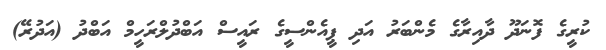
ކުރީގެ ފޮނަދޫ ދާއިރާގެ މެންބަރު އަދި ޕީއެންސީގެ ރައީސް އަބްދުލްރަހީމް އަބްދު (އަދުރޭ)